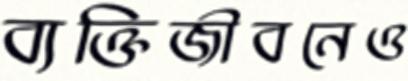
ব্যক্তিজীবনেও